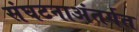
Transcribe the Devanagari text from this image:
संघटनाअंतर्गत